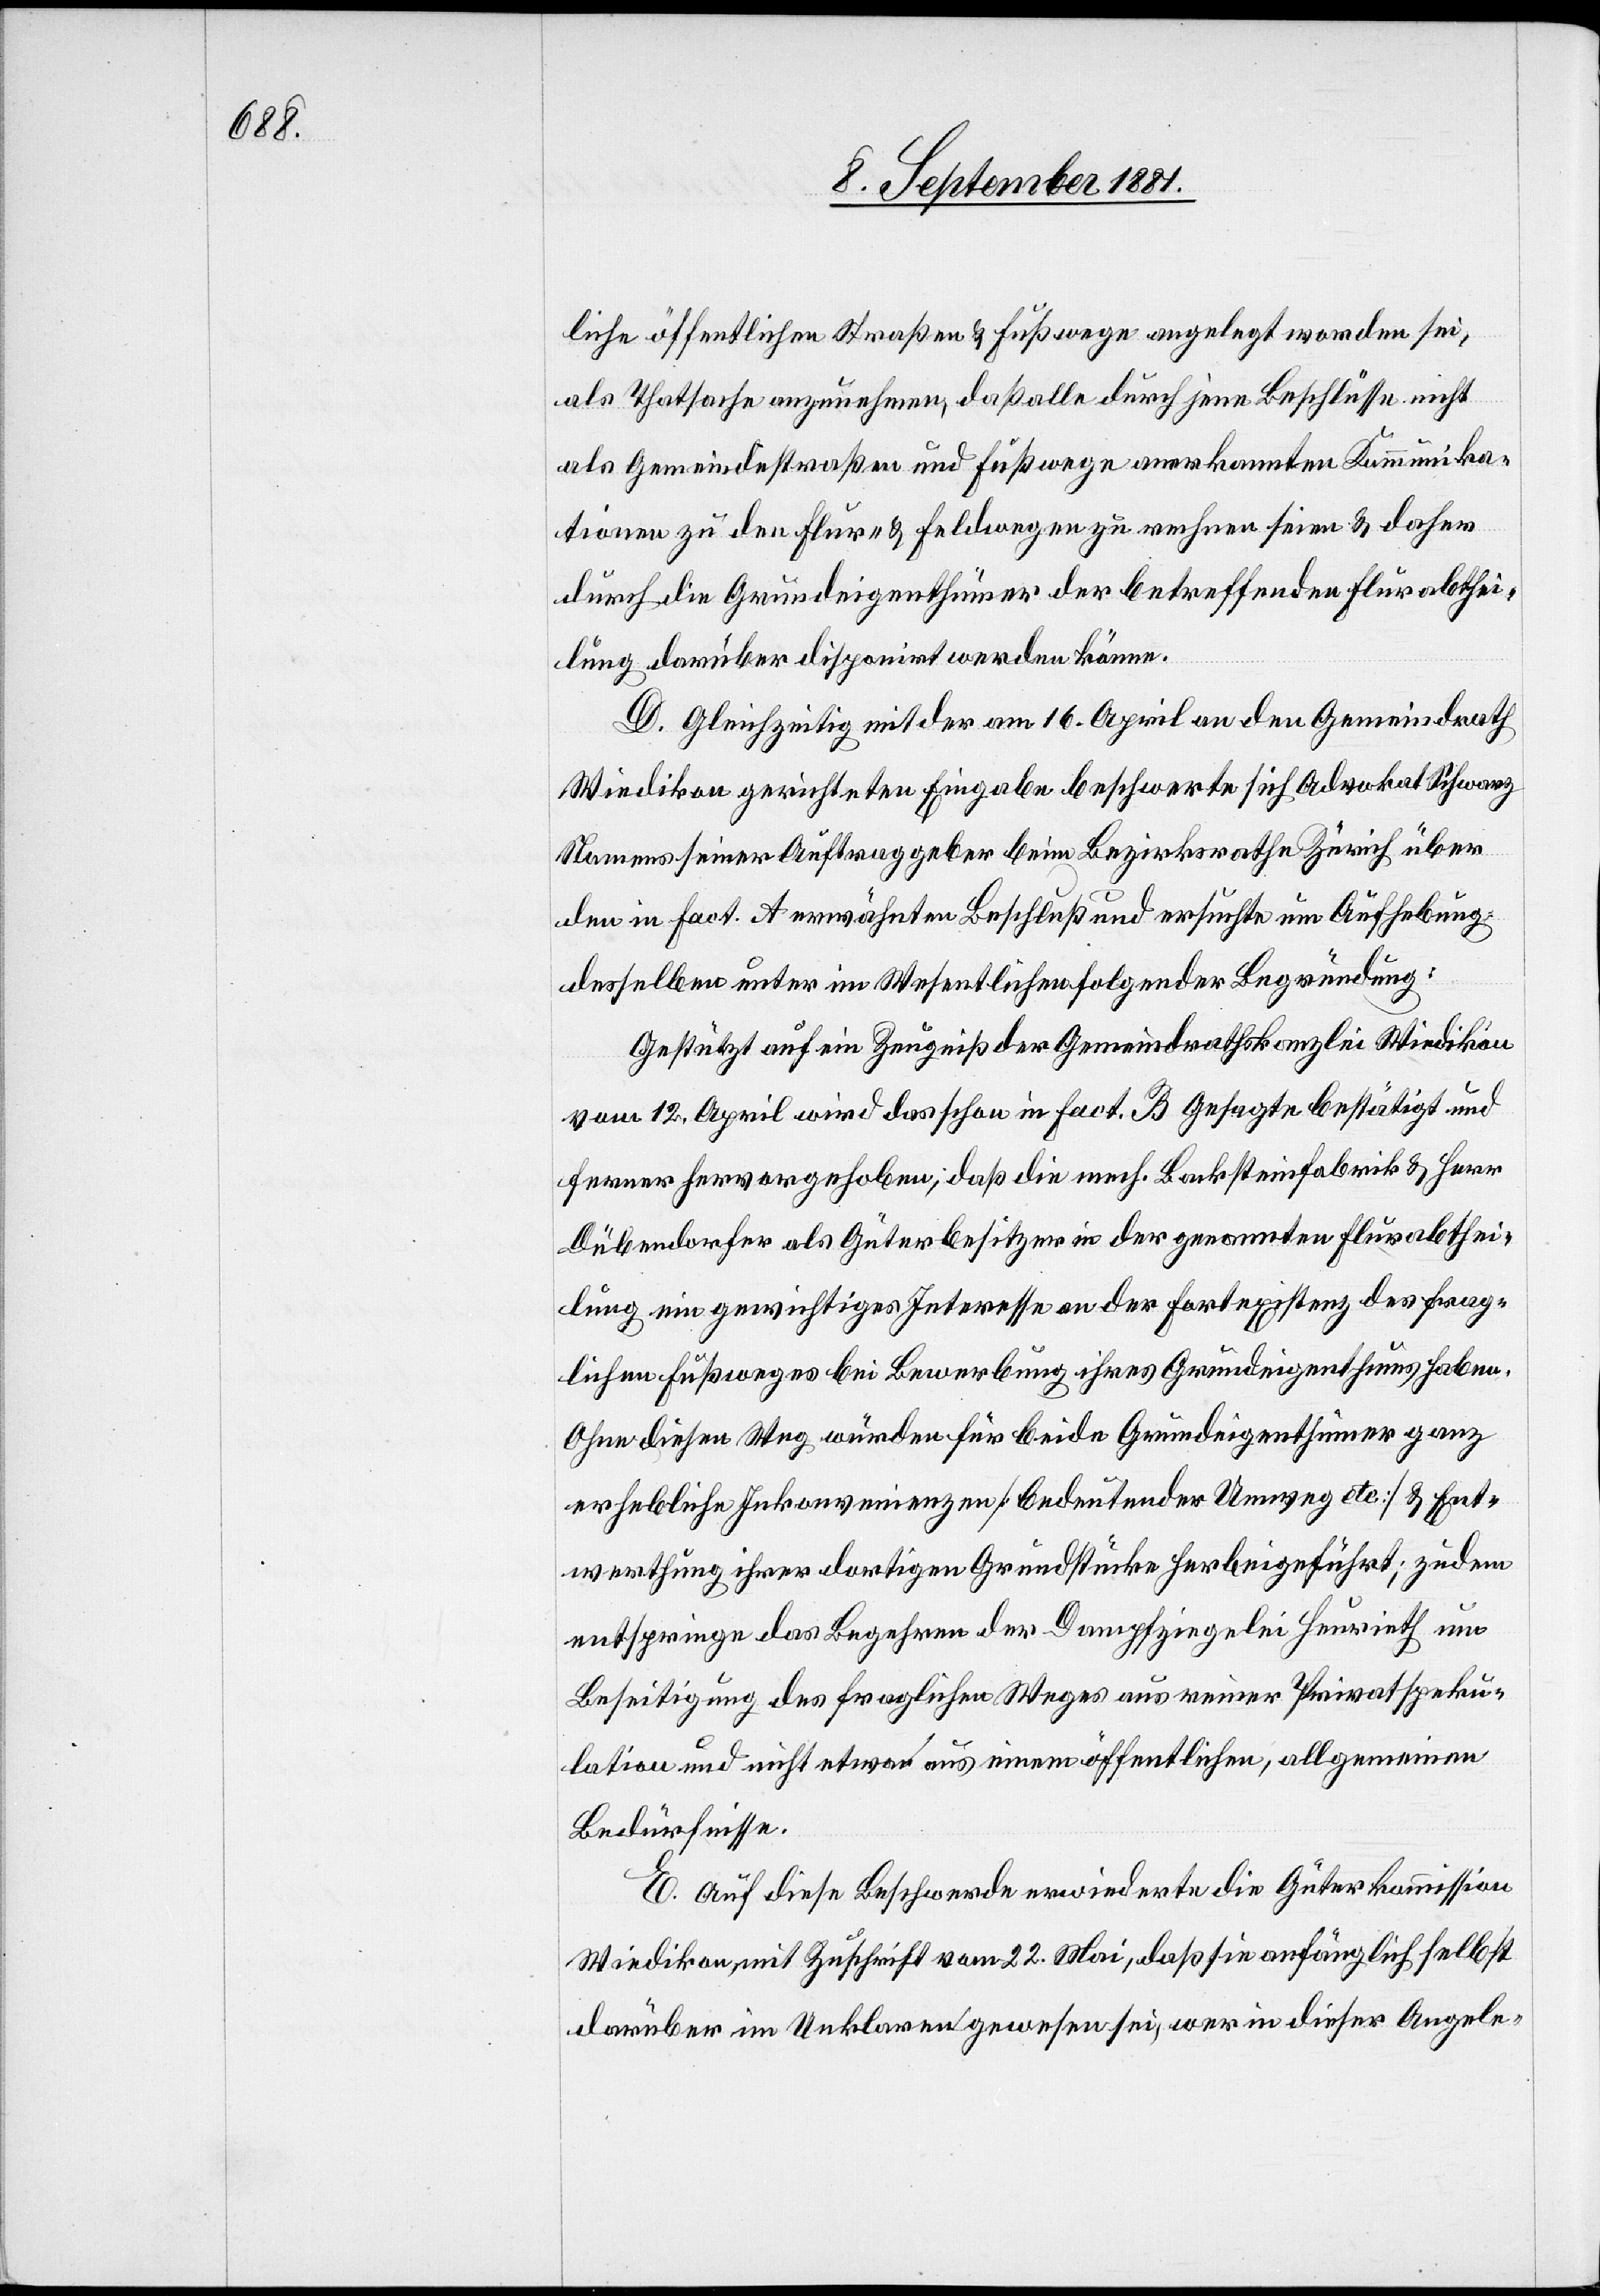
liche öffentlichen Straßen & Fußwege angelegt worden sei,
als Thatsache anzunehmen, daß alle durch jene Beschlüsse nicht
als Gemeindestraßen und Fußwege anerkannten Kommunika¬
tionen zu den Flur- & Feldwegen zu rechnen seien & daher
durch die Grundeigenthümer der betreffenden Flurabthei¬
lung darüber disponirt werden könne.
D. Gleichzeitig mit der am 16. April an den Gemeindrath
Wiedikon gerichtete Eingabe beschwerte sich Advokat Schwarz
Namens seiner Auftraggeber beim Bezirksrathe Zürich über
den in fact. A erwähnten Beschluß und ersuchte um Aufhebung
desselben unter im Wesentlichen folgender Begründung:
Gestützt auf ein Zeugniß der Gemeindrathskanzlei Wiedikon
vom 12. April wird das schon in fact. B Gesagte bestätigt und
ferner Hervorgehoben, daß die mech. Backsteinfabrik & Herr
Dübendorfer als Güterbesitzer in der genannten Flurabthei¬
lung ein gewichtiges Interesse an der Fortexistenz des frag¬
lichen Fußweges bei Bewerbung ihres Grundeigenthums haben.
Ohne diesen Weg würden für beide Grundeigenthümer ganz
erhebliche Inkonvenienzen [bedeutender Umweg etc.] & Ent¬
werthung ihrer dortigen Grundstücke herbeigeführt; zudem
entspringe das Begehren der Dampfziegelei Heurieth um
Beseitigung des fraglichen Weges aus reiner Privatspeku¬
lation und nicht etwa aus einem öffentlichen, allgemeinen
Bedürfnisse.
E. Auf diese Beschwerde erwiederte die Güterkommission
Wiedikon, mit Zuschrift vom 22. Mai, daß sie anfänglich selbst
darüber im Unklaren gewesen sei, wer in dieser Angele-